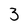
Character: 3